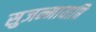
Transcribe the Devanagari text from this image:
सुजन्मावाप्ति